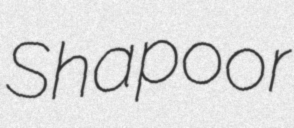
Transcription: Shapoor